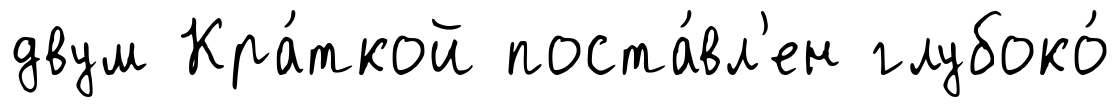
двум Кра́ткой поста́вл'ен глубоко́